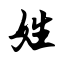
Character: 姓